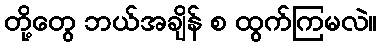
တို့တွေ ဘယ်အချိန် စ ထွက်ကြမလဲ။